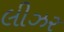
લીઝર